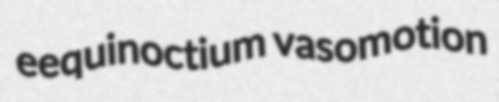
eequinoctium vasomotion